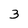
Character: 3